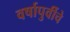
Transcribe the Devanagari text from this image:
वर्षापुर्वीचे